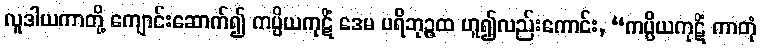
လူဒါယကာတို့ ကျောင်းဆောက်၍ ကပ္ပိယကုဋိံ ဒေမ ပရိဘုဉ္ဇထ ဟူ၍လည်းကောင်း, “ကပ္ပိယကုဋိံ ကာတုံ